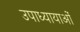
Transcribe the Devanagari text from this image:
उपाध्यायाओं